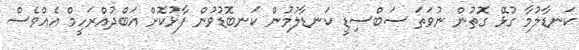
ކަނޑާލުމާ ގުޅޭ ގޮތުން ނުވަތަ ސަބްސިޑީ ކަނޑާލުމުން ކަނބޮޑުވުން ފާޅުކޮށް އަބްދުއްރަހީމް އެއްވެސް